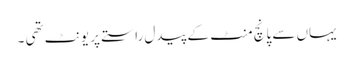
یہاں سے پانچ منٹ کے پیدل راستے پر یونٹ تھی ۔